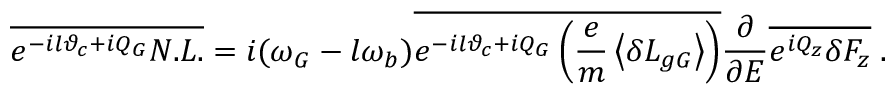
\overline { { e ^ { - i l \vartheta _ { c } + i Q _ { G } } N . L . } } = i ( \omega _ { G } - l \omega _ { b } ) \overline { { e ^ { - i l \vartheta _ { c } + i Q _ { G } } \left( \frac { e } { m } \left\langle \delta L _ { g G } \right\rangle \right) } } \frac { \partial } { \partial { \cal E } } \overline { { e ^ { i Q _ { z } } \delta F _ { z } } } \; .